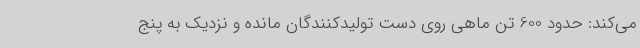
می‌کند: حدود 600 تن ماهی روی دست تولیدکنندگان مانده و نزدیک به پنج